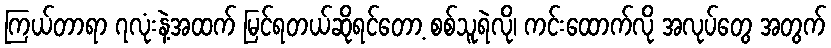
ကြယ်တာရာ ၇လုံးနဲ့အထက် မြင်ရတယ်ဆိုရင်တော့ စစ်သူရဲလို၊ ကင်းထောက်လို အလုပ်တွေ အတွက်